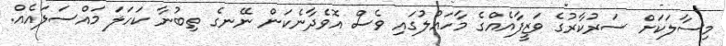
މިސާލަކަށް ސަރުކާރުގެ ވަޒީފާއެއްގެ މާހައުލުގައި ވެސް އޮވެދާނެކަން ނޭނގެ ތިބުނާ ކަހަލަ މައްސަލައެއް.